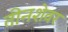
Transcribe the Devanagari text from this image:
तीनशेवर